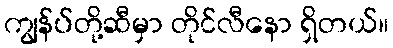
ကျွန်ပ်တို့ဆီမှာ တိုင်လီနော ရှိတယ်။